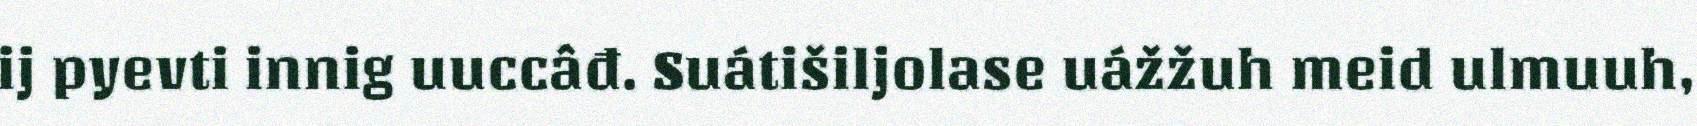
ij pyevti innig uuccâđ. Suátišiljolase uážžuh meid ulmuuh,